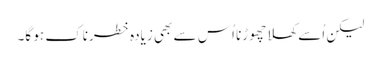
لیکن اُسے کھلا چھوڑنا اُس سے بھی زیادہ خطرناک ہو گا۔